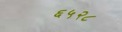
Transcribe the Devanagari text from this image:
६५२८